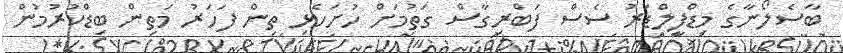
ބާސެލޯނާގެ މިޑްފީލްޑަރު ސެސް ފަބްރިގާސް ގަތުމަށް ހުށަހެޅި ތިން ފަހަރު މަތިން ބިޑްކުރުމުން